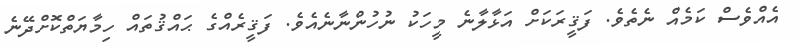
އެއްވެސް ކަމެއް ނެތެވެ. ފަޤީރަކަށް އަޅާލާނެ މީހަކު ނުހުންނާނެއެވެ. ފަޤީރެއްގެ ޙައްޤުތައް ހިމާޔަތްކޮށްދޭނެ